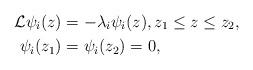
LaTeX: \begin{align*}{\cal L} \psi_i (z) &= -\lambda_i \psi_i (z), z_1\le z \le z_2,\\\psi_{i}(z_1) & = \psi_{i}(z_2) = 0,\end{align*}